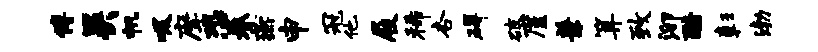
傅吴帆吸摩恐眷燕申冠他屐稀杏碍破廑兼算致泖酷彰渤